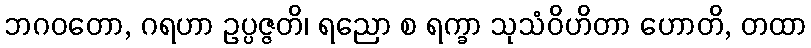
ဘဂဝတော, ဂရဟာ ဥပ္ပဇ္ဇတိ၊ ရညော စ ရက္ခာ သုသံဝိဟိတာ ဟောတိ, တထာ